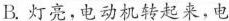
B.灯亮，电动机转起来，电